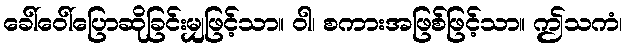
ခေါ်ဝေါ်ပြောဆိုခြင်းမျှဖြင့်သာ။ ဝါ၊ စကားအဖြစ်ဖြင့်သာ။ ဤသကံ၊